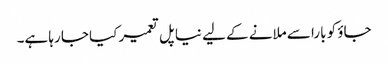
جاؤ کو بارا سے ملانے کے لیے نیا پل تعمیر کیا جا رہا ہے۔